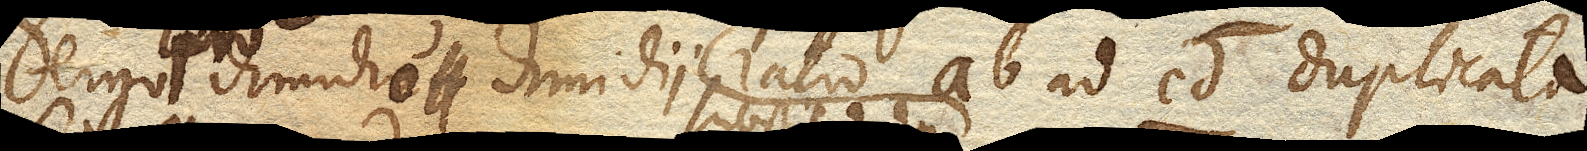
ergo pro dimidio dimidii ratio ab. ad cd. duplicata,